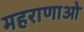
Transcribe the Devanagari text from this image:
महराणाओ